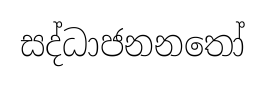
සද්ධාජනනතෝ